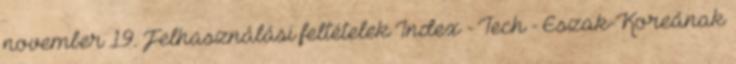
november 19. Felhasználási feltételek Index - Tech - Észak-Koreának